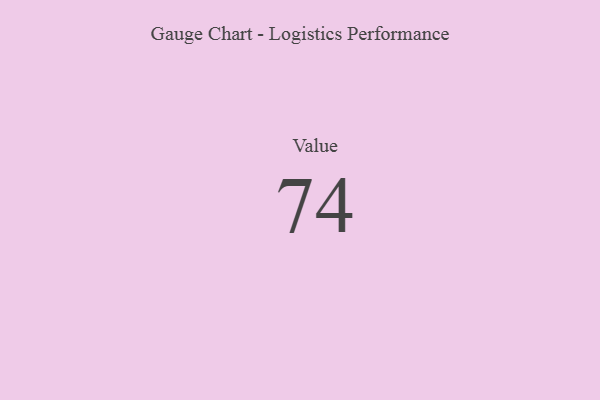
{"axis": {"x": "Metric", "y": "Value"}, "legend": [""], "data": [{"x": "Value", "y": 74, "type": ""}]}